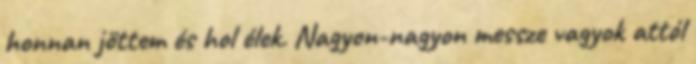
honnan jöttem és hol élek. Nagyon-nagyon messze vagyok attól